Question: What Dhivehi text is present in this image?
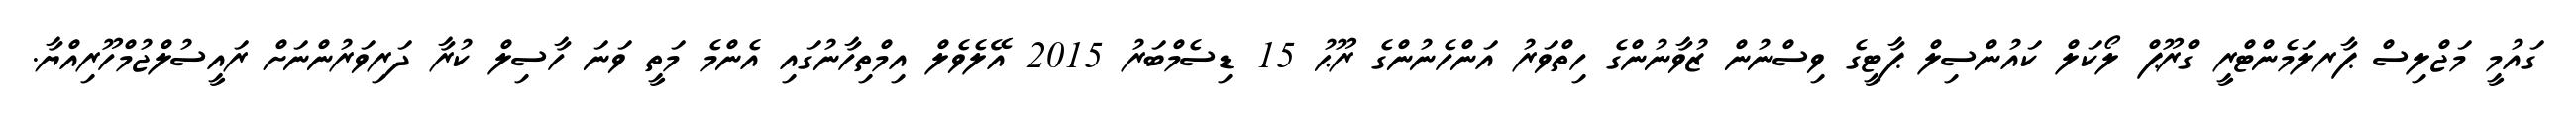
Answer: ގައުމީ މަޖްލިސް ޕާރލަމެންޓްރީ ގްރޫޕް ލޯކަލް ކައުންސިލް ޕާޓީގެ ވިސްނުން ޒުވާނުންގެ ހިތްވަރު އަންހެނުންގެ ރޫޙު 15 ޑިސެމްބަރު 2015 އޭލެވެލް އިމްތިހާނުގައި އެންމެ މަތީ ވަނަ ހާސިލް ކުރާ ދަރިވަރުންނަށް ރައީސުލްޖުމްހޫރިއްޔާ.